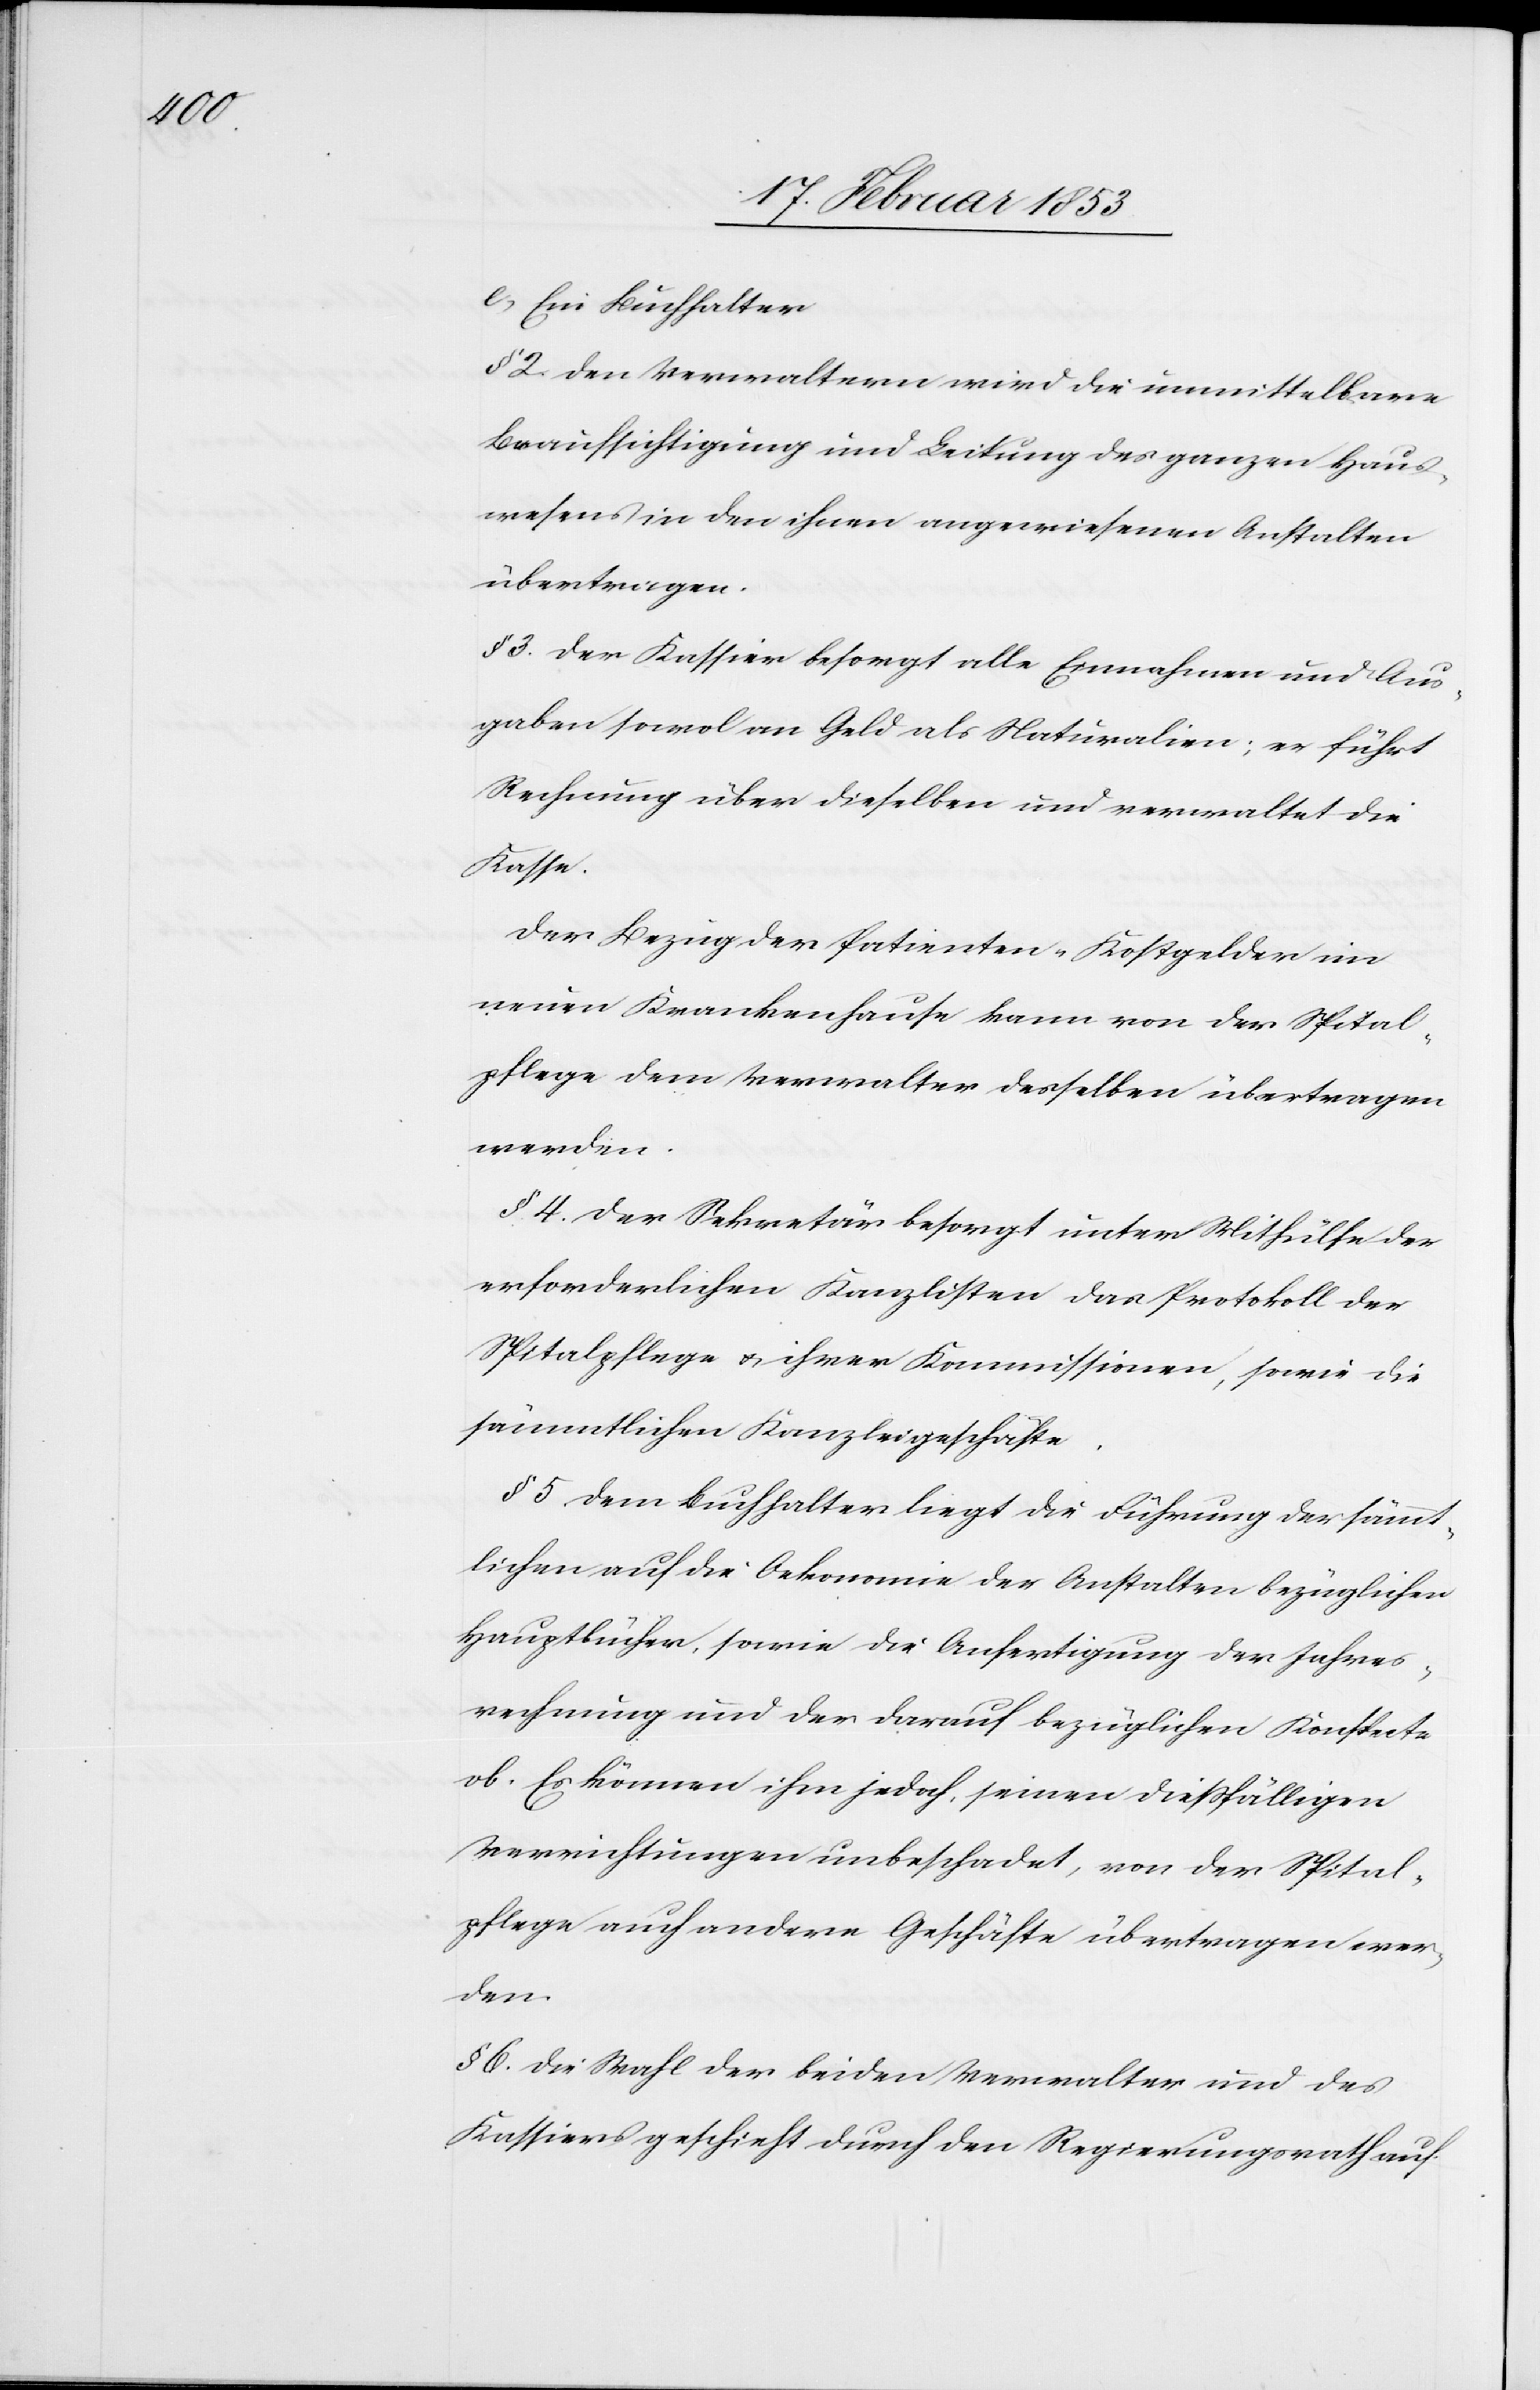
e, Ein Buchhalter
§ 2 Den Verwaltungen wird die unmittelbare
Beaufsichtigung und Leitung des ganzen Haus¬
wesens in den ihnen angewiesenen Anstalten
übertragen.
§ 3 Der Kassier besorgt alle Einnahmen und Aus¬
gaben sowol [sic!] an Geld als Naturalien; er führt
Rechnung über dieselben und verwaltet die
Kasse.
Der Bezug der Patienten-Kostgelder im
neuen Krankenhause kann von der Spital¬
pflege dem Verwalter desselben übertragen
werden.
§ 4 Der Sekretär besorgt unter Mithülfe der
erforderlichen Kanzlisten das Protokoll der
Spitalpflege u. ihrer Kommissionen, sowie die
sämmtlichen Kanzleigeschäfte.
§ 5 Dem Buchhalter liegt die Führung der sämmt¬
lichen auf die Oekonomie der Anstalten bezüglichen
Hauptbücher, sowie die Ausfertigung der Jahres¬
rechnung und der darauf bezüglichen Konspecte
ob. Es können ihm jedoch, seinen dießfälligen
Verrichtungen unbeschadet, von der Spital¬
pflege auch andere Geschäfte übertragen wer¬
den.
§ 6 Die Wahl der beiden Verwalter und des
Kassiers geschieht durch den Regierungsrath auf